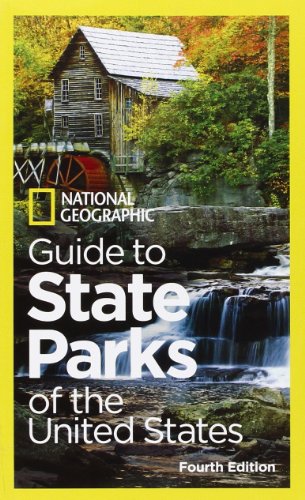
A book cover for National Geographic Guide to State Parks of the United States, 4th Edition (National Geographic Guide to the State Parks of the U.S.); National Geographic; Travel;